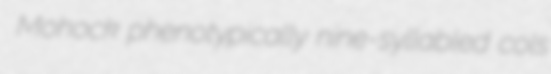
Mohock phenotypically nine-syllabled cols